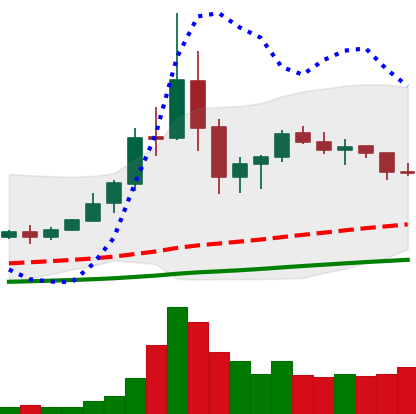
Ticker: TRX-USD
Chart end date: 2020-09-14
Forward return: -8.768%
Label: down_7plus